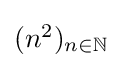
{\textstyle (n^{2})_{n\in \mathbb {N} }}